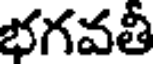
భగవతీ